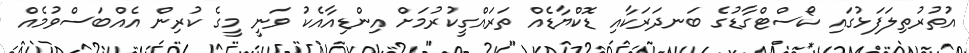
އުތުރުތިލަފަޅުގައި ކޯސްޓްގާޑުގެ ބަނދަރަކާއި ޑޮކްޔާޑެއް ތަރައްގީކުރުމަށް އިންޑިއާއެކު ވަނީ މީގެ ކުރިން އެއްބަސްވުމެއް